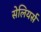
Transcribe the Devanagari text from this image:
सेलियर्स